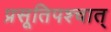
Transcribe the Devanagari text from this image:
प्रसूतिपश्चात्